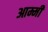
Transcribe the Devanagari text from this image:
आम्मी